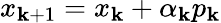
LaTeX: x_{\mathbf{k}+1}=x_{\mathbf{k}}+\alpha_{\mathbf{k}}p_{\mathbf{k}}